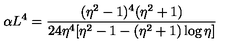
\alpha L ^ { 4 } = \frac { ( \eta ^ { 2 } - 1 ) ^ { 4 } ( \eta ^ { 2 } + 1 ) } { 2 4 \eta ^ { 4 } [ \eta ^ { 2 } - 1 - ( \eta ^ { 2 } + 1 ) \log { \eta } ] }